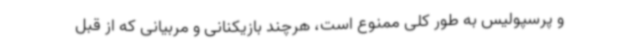
و پرسپولیس به طور کلی ممنوع است، هرچند بازیکنانی و مربیانی که از قبل